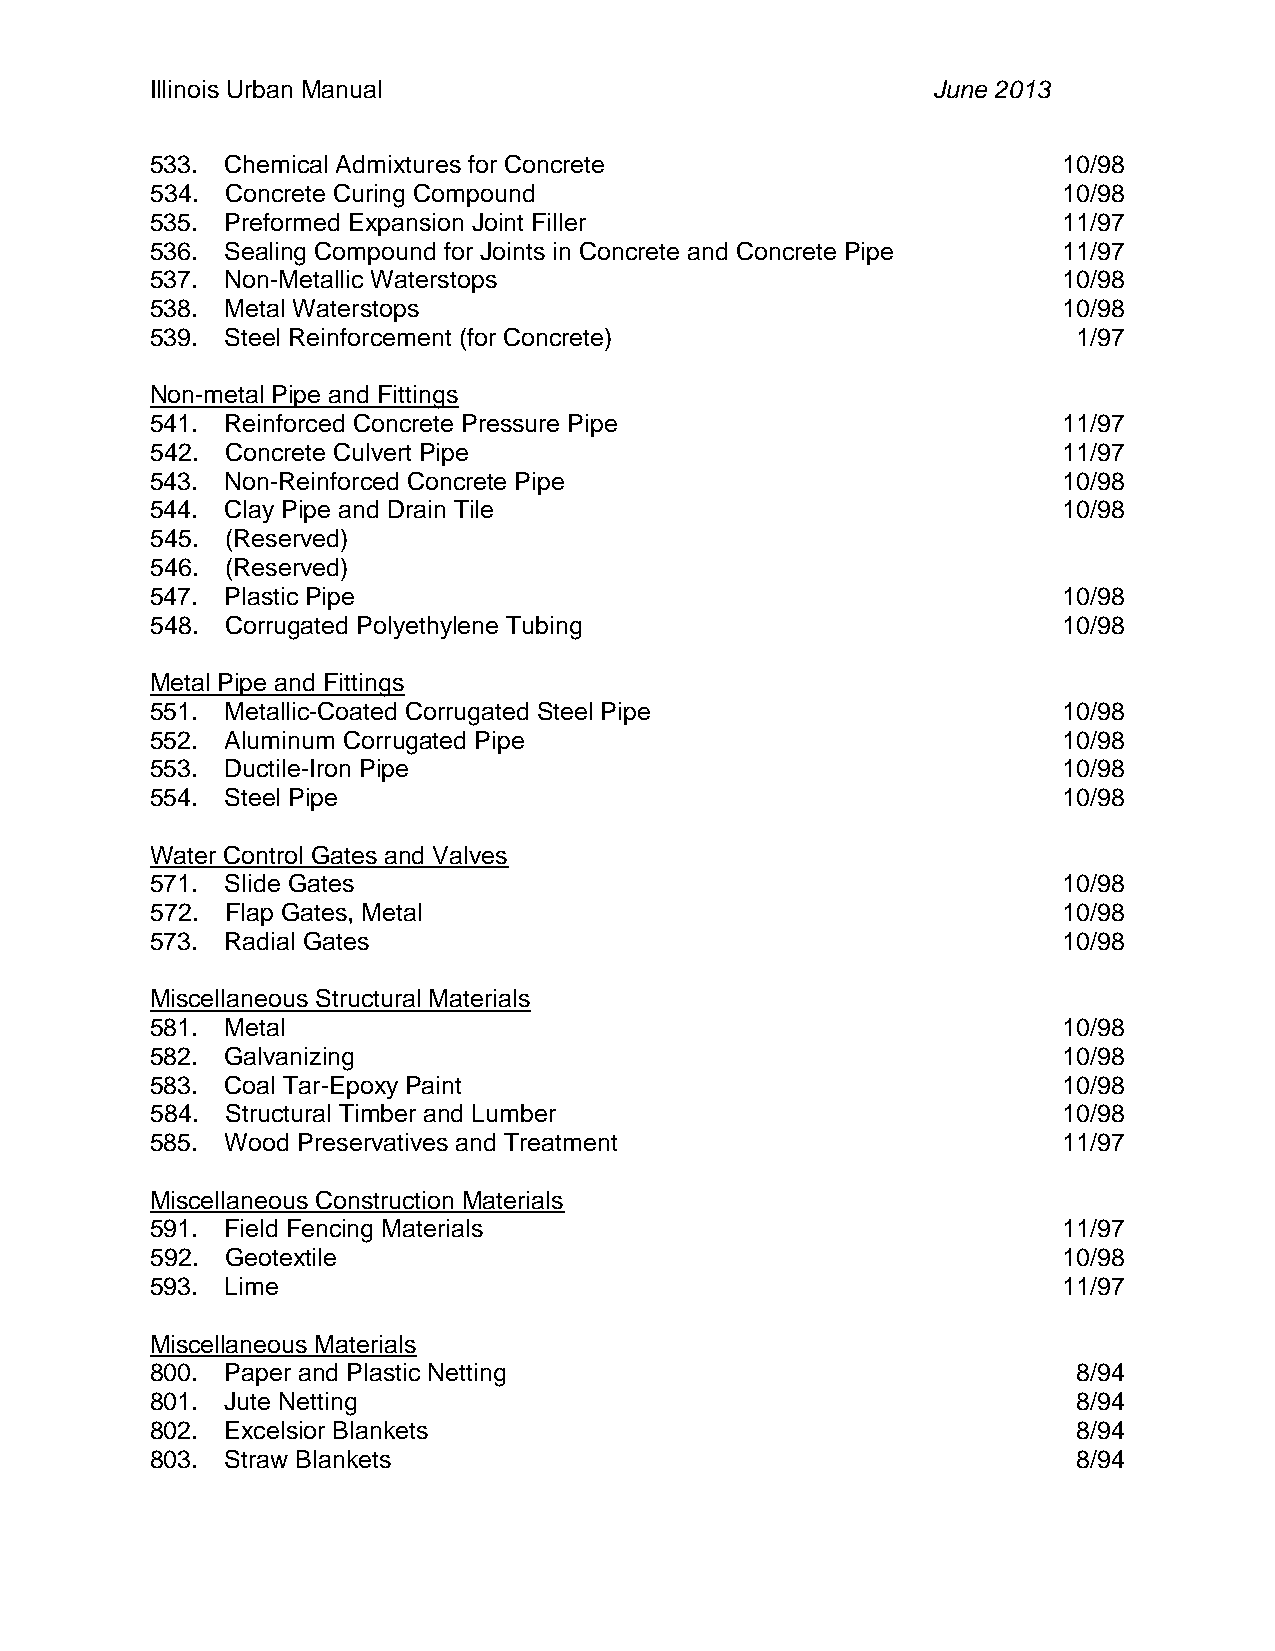
Illinois Urban Manual                               June 2013
 533. Chemical Admixtures for Concrete                       10/98
 534. Concrete Curing Compound                               10/98
 535. Preformed Expansion Joint Filler                       11/97
 536. Sealing Compound for Joints in Concrete and Concrete Pipe 11/97
 537. Non-Metallic Waterstops                                10/98
 538. Metal Waterstops                                       10/98
 539. Steel Reinforcement (for Concrete)                      1/97
 Non-metal Pipe and Fittings
 541. Reinforced Concrete Pressure Pipe                      11/97
 542. Concrete Culvert Pipe                                  11/97
 543. Non-Reinforced Concrete Pipe                           10/98
 544. Clay Pipe and Drain Tile                               10/98
 545. (Reserved)
 546. (Reserved)
 547. Plastic Pipe                                           10/98
 548. Corrugated Polyethylene Tubing                         10/98
 Metal Pipe and Fittings
 551. Metallic-Coated Corrugated Steel Pipe                  10/98
 552. Aluminum Corrugated Pipe                               10/98
 553. Ductile-Iron Pipe                                      10/98
 554. Steel Pipe                                             10/98
 Water Control Gates and Valves
 571. Slide Gates                                            10/98
 572. Flap Gates, Metal                                      10/98
 573. Radial Gates                                           10/98
 Miscellaneous Structural Materials
 581. Metal                                                  10/98
 582. Galvanizing                                            10/98
 583. Coal Tar-Epoxy Paint                                   10/98
 584. Structural Timber and Lumber                           10/98
 585. Wood Preservatives and Treatment                       11/97
 Miscellaneous Construction Materials
 591. Field Fencing Materials                                11/97
 592. Geotextile                                             10/98
 593. Lime                                                   11/97
 Miscellaneous Materials
 800. Paper and Plastic Netting                               8/94
 801. Jute Netting                                            8/94
 802. Excelsior Blankets                                      8/94
 803. Straw Blankets                                          8/94